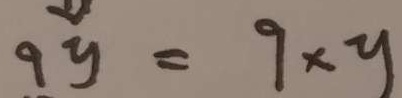
9 y = 9 \times y